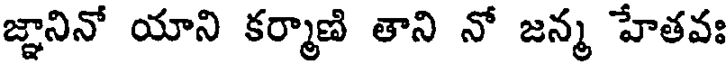
జ్ఞానినో యాని కర్మాణి తాని నో జన్మ హేతవః